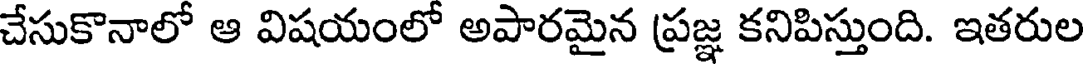
చేసుకొనాలో ఆ విషయంలో అపారమైన ప్రజ్ఞ కనిపిస్తుంది. ఇతరుల